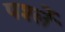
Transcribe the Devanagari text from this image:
पर्श्ले